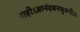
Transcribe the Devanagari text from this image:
नाही।आनंदवनभुवनी।।